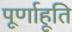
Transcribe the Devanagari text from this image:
पूर्णाहूति